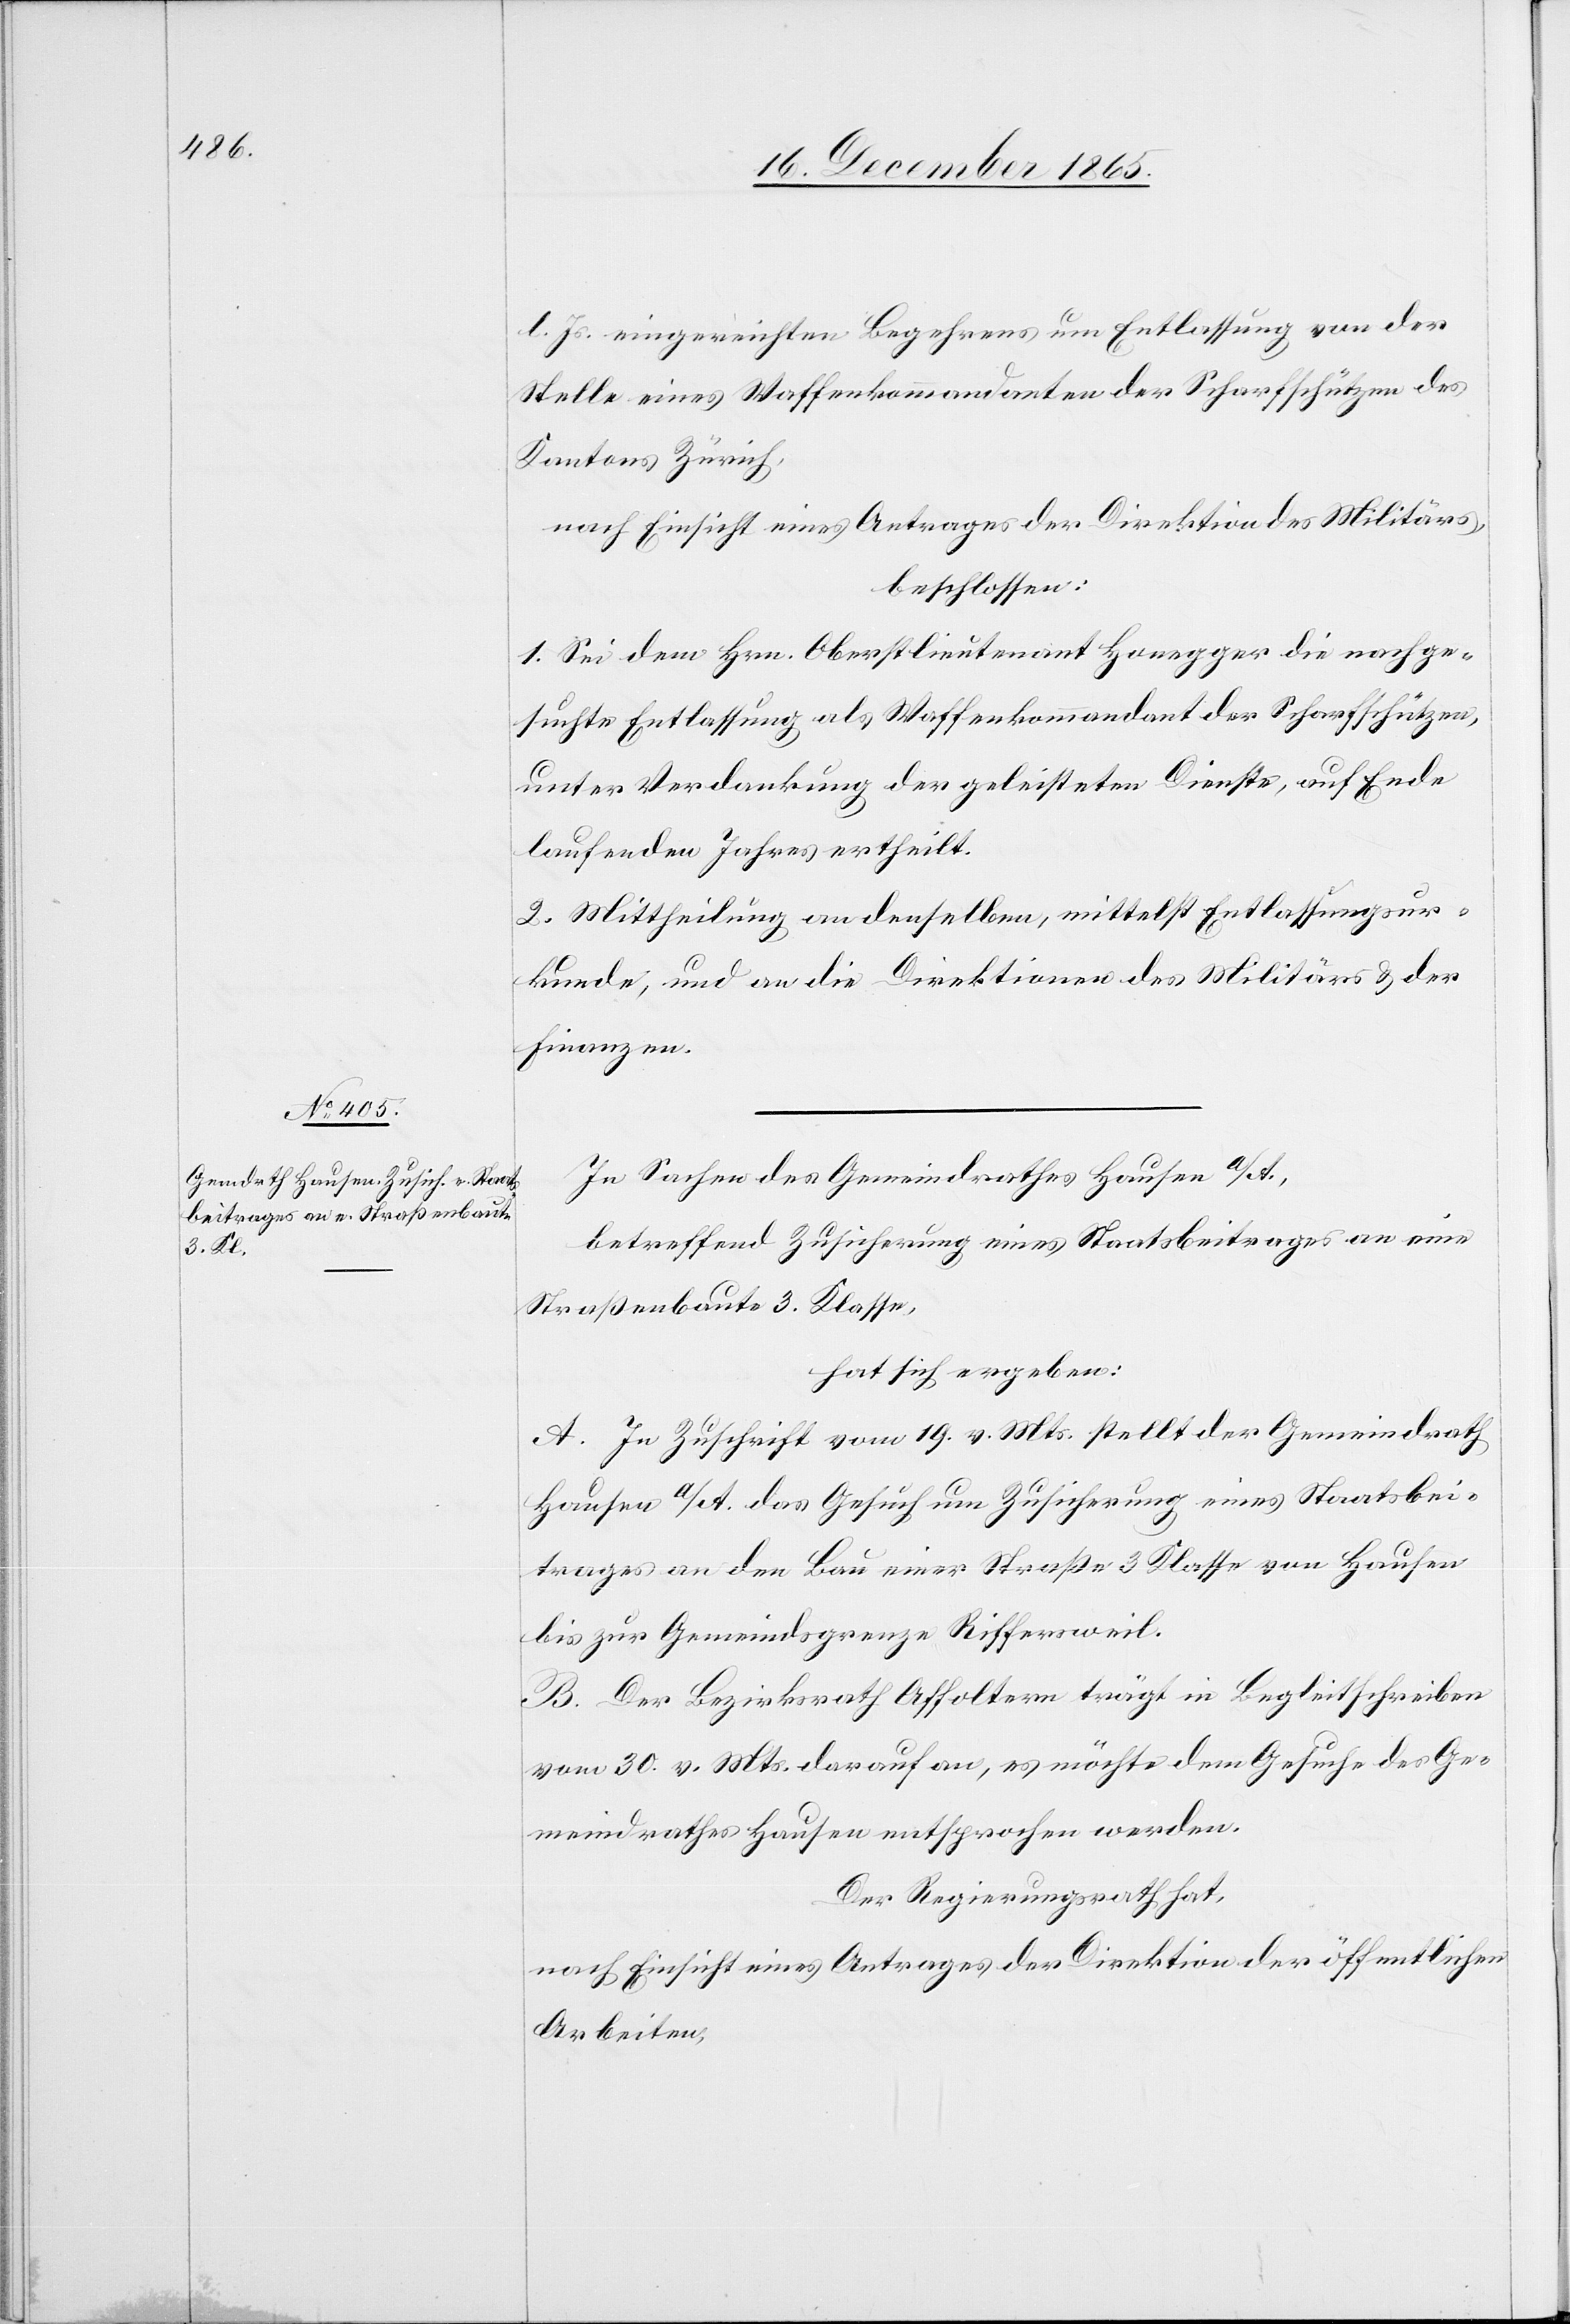
d. Js. eingereichten Begehrens um Entlassung von der
Stelle eines Waffenkommandanten der Scharfschützen des
Kantons Zürich,
nach Einsicht eines Antrages der Direktion des Militärs,
beschlossen:
1. Sei dem Hrn. Oberstlieutnant Honegger die nachge¬
suchte Entlassung als Waffenkommandant der Scharfschützen,
unter Verdankung der geleisteten Dienste, auf Ende
laufenden Jahres ertheilt.
2. Mittheilung an denselben, mittelst Entlassungsur¬
kunde, und an die Direktionen des Militärs & der
Finanzen.
In Sachen des Gemeindrathes Hausen a/A.,
betreffend Zusicherung eines Staatsbeitrages an eine
Straßenbaute 3. Klasse,
hat sich ergeben:
A. In Zuschrift vom 19. v. Mts. stellt der Gemeindrath
Hausen a/A. das Gesuch um Zusicherung eines Staatsbei¬
trages an den Bau einer Straße 3. Klasse von Hausen
bis zur Gemeindsgrenze Riffersweil.
B. Der Bezirksrath Affoltern trägt im Begleitschreiben
vom 30. v. Mts. darauf an, es möchte dem Gesuche des Ge¬
meindrathes Hausen entsprochen werden.
Der Regierungsrath hat,
nach Einsicht eines Antrages der Direktion der öffentlichen
Arbeiten,